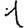
Digit: 1